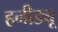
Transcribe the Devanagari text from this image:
हनीड्यू